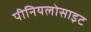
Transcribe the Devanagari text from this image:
पीनियलोसाइट